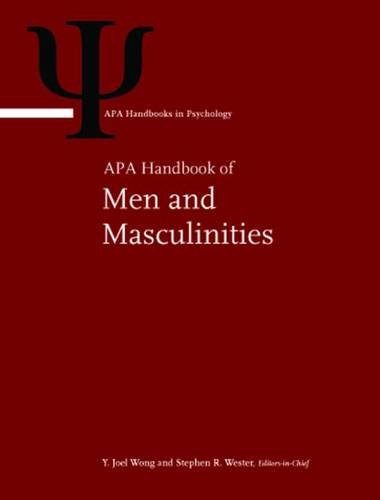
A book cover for APA Handbook of Men and Masculinities (Apa Handbooks in Psychology); Editors-in Chief: Y. Joel Wong and Stephen R. Wester; Medical Books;